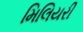
મિલિયરી